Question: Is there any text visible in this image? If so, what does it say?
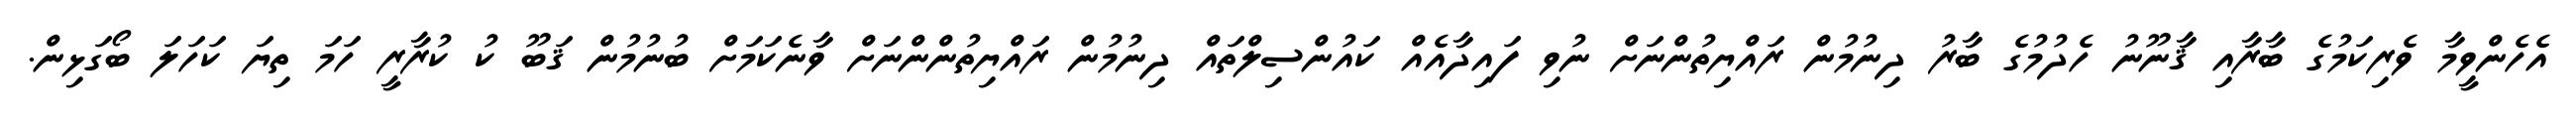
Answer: އެހެންވީމާ ވެރިކަމުގެ ބާރާއި ޤާނޫނު ހެދުމުގެ ބާރު ދިނުމުން ރައްޔިތުންނަށް ނުވި ފައިދާއެއް ކައުންސިލްތައް ދިނުމުން ރައްޔިތުންންނަށް ވާނެކަމަށް ބުނުމުން ޤަބޫ ކު ކުރާރީ ހަމަ ތިޔަ ކަހަލަ ބޯގަޅިން.